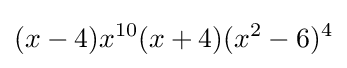
(x-4)x^{10}(x+4)(x^{2}-6)^{4}